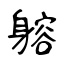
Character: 𨉷